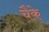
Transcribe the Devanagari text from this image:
चैके